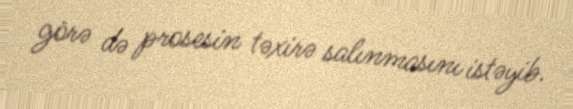
görə də prosesin təxirə salınmasını istəyib.